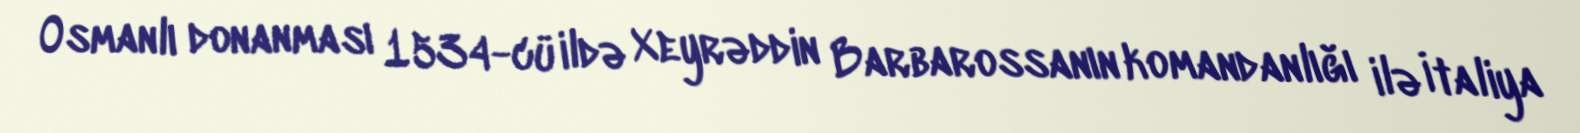
Osmanlı donanması 1534-cü ildə Xeyrəddin Barbarossanın komandanlığı ilə İtaliya